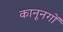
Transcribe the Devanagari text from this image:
कानूनगों